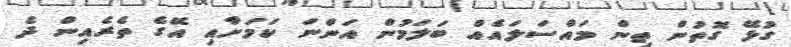
ގުޅޭ ގޮތުން ތިން މައްސަލައެއް ބަލަމުން އަންނަ ކަމަށާއި އޭގެ ތެރެއިން ދެ